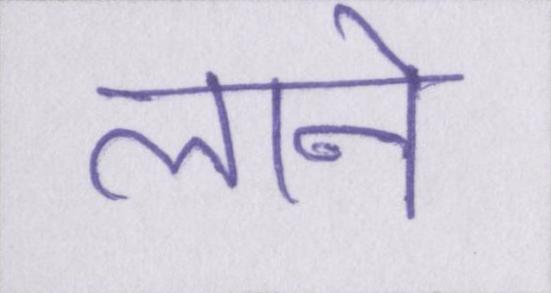
लाने